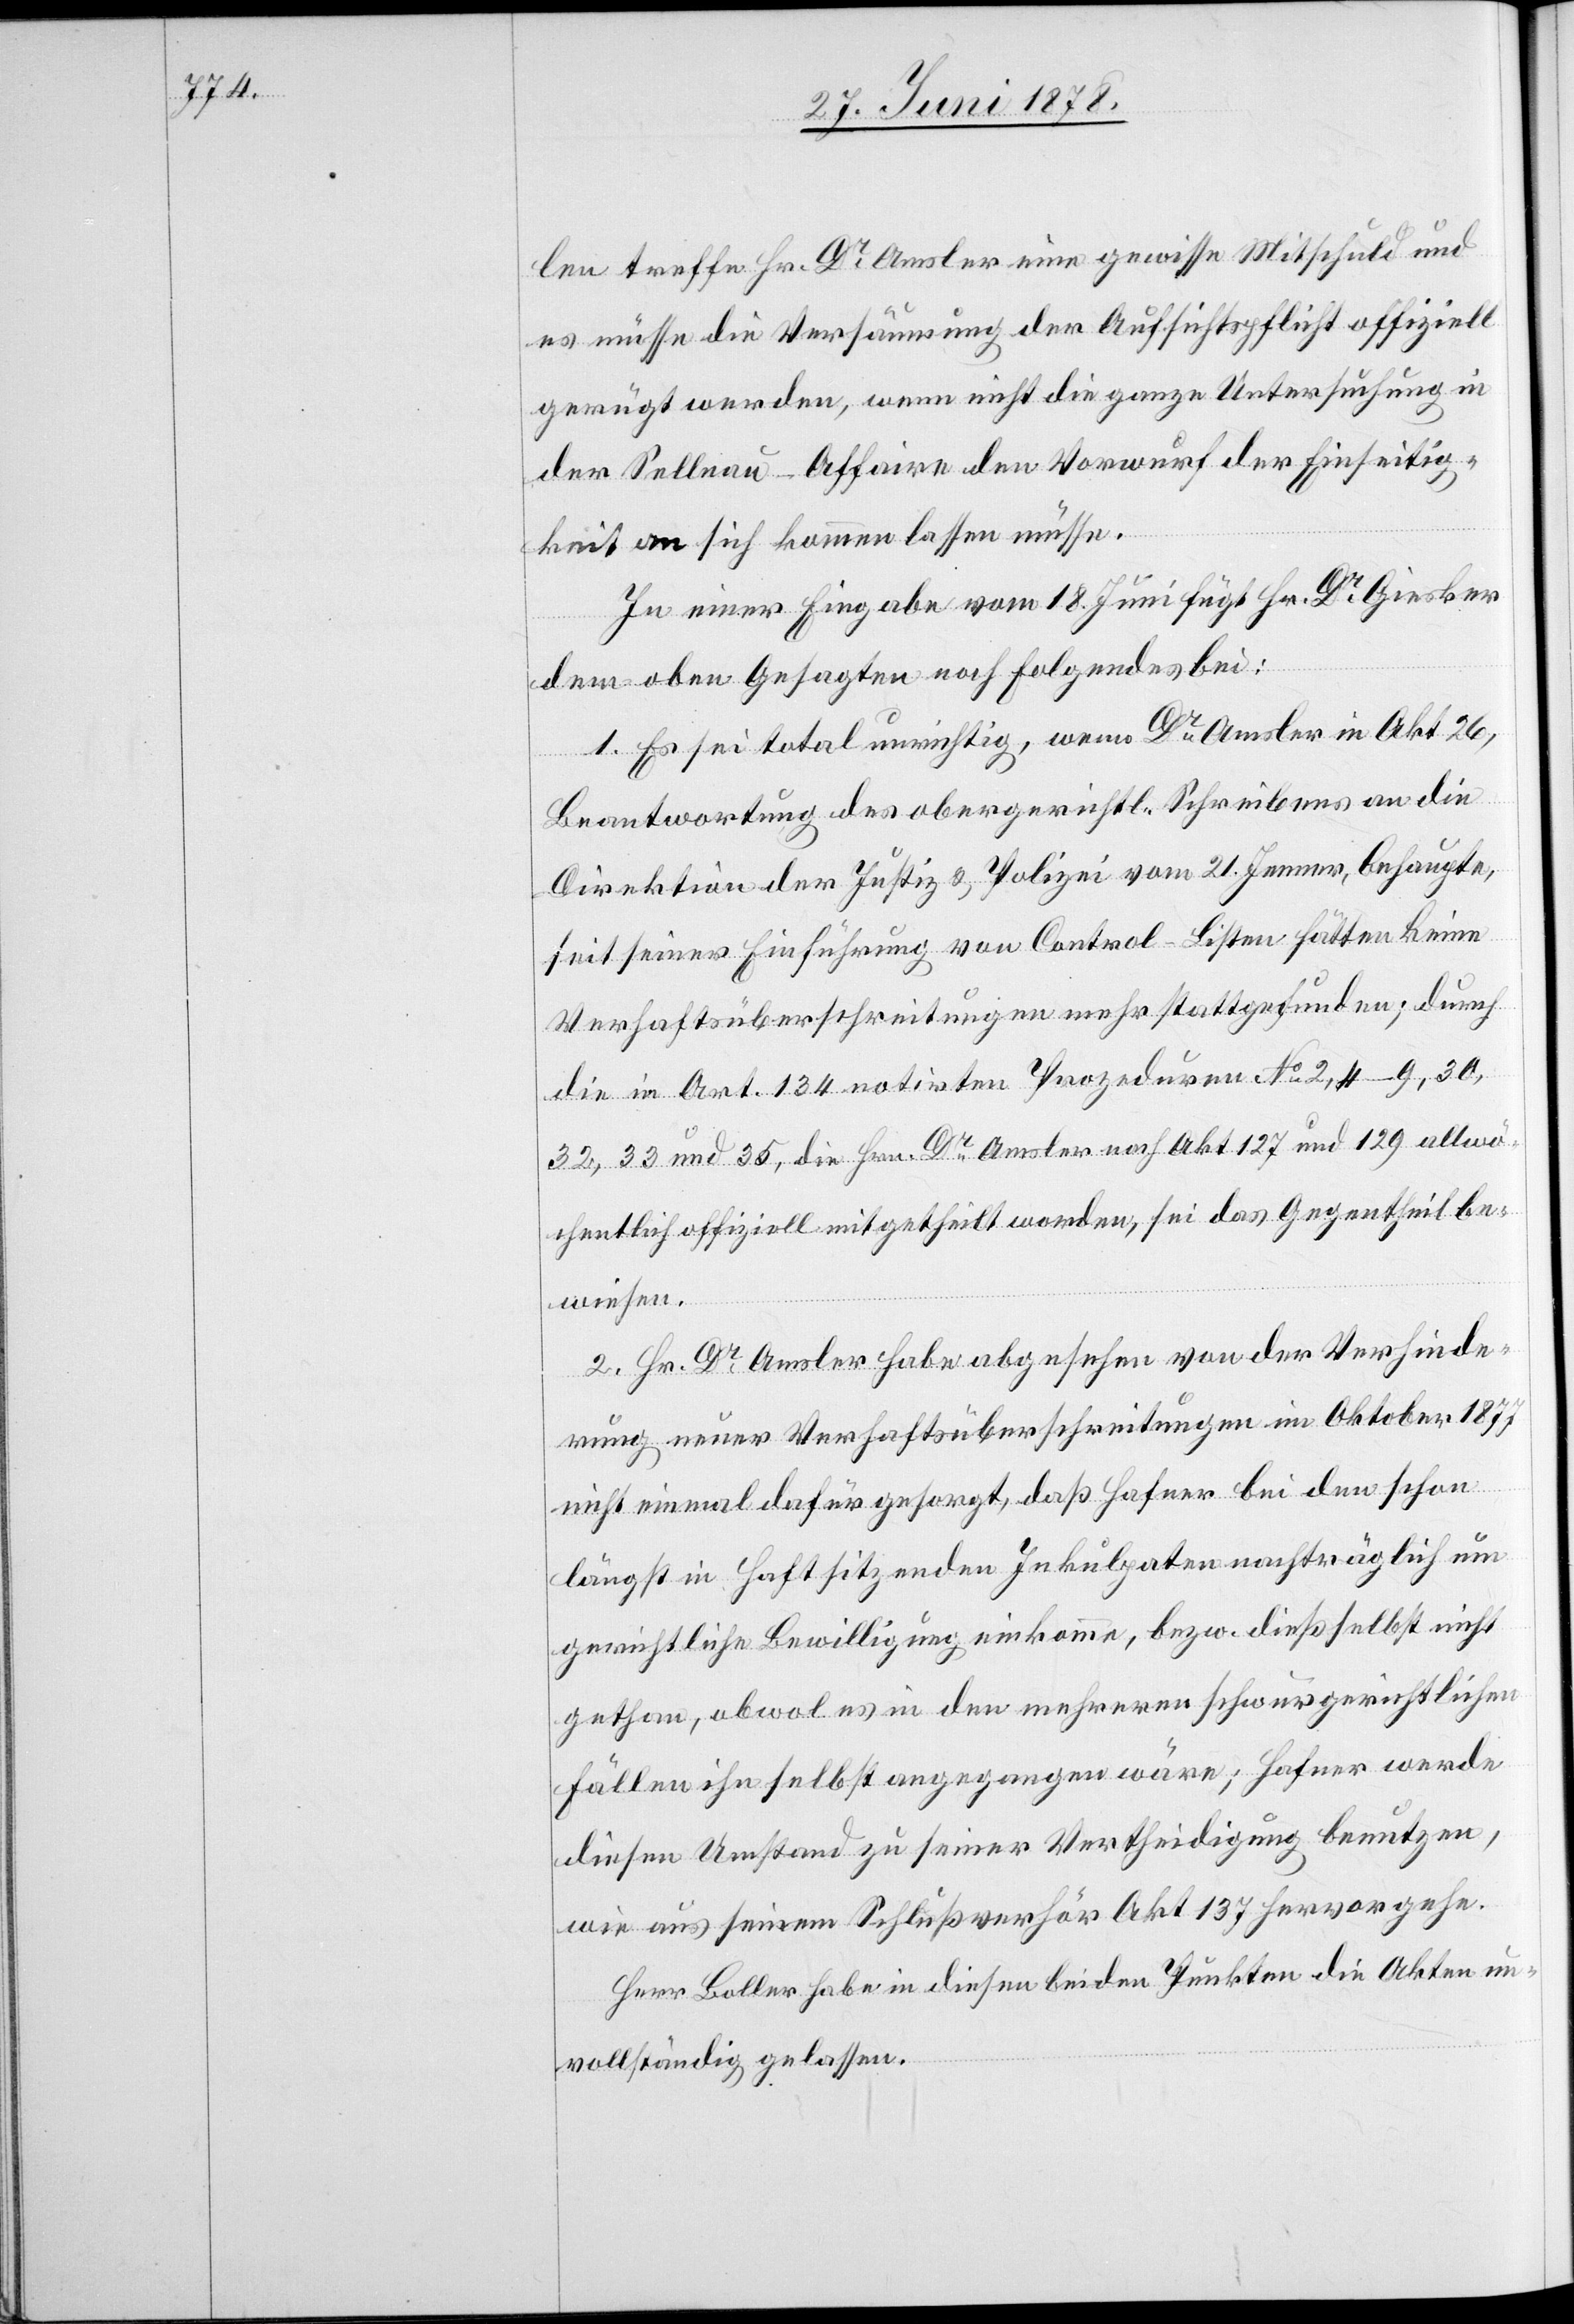
len treffe Hr. Dr Amsler eine gewisse Mitschuld und
es müsse die Versäumung der Aufsichtspflicht offiziell
gerügt werden, wenn nicht die ganze Untersuchung in
der Sellnau-Affaire den Vorwurf der Einseitig¬
keit an sich kommen lassen müsse.
In einer Eingabe vom 18. Juni fügt Hr. Dr Giesker
dem oben Gesagten noch folgendes bei:
1. Es sei total unrichtig, wenn Dr Amsler in Akt 26,
Beantwortung des obergerichtl. Schreibens an die
Direktion der Justiz & Polizei vom 21. Jenner, behaupte,
seit seiner Einführung von Control-Listen hätten keine
Verhaftsüberschreitungen mehr stattgefunden; durch
die in Art. 134 notirten Prozeduren No 2, 4–9, 30,
33 und 35, die Hrn. Dr Amsler nach Akt 127 und 129 allwö¬
chentlich offiziell mitgetheilt worden, sei das Gegentheil be¬
wiesen.
2. Hr. Dr Amsler habe abgesehen von der Verhinde¬
rung neuer Verhaftsüberschreitungen im Oktober 1877
nicht einmal dafür gesorgt, daß Hafner bei den schon
längst in Haft sitzenden Inkulpaten nachträglich um
gerichtliche Bewilligung einkomme, bez. dieß selbst nicht
gethan, obwohl es in den mehreren schwurgerichtlichen
Fällen ihn selbst angegangen wäre; Hafner werde
diesem Umstand zu seiner Vertheidigung benutzen,
wie aus seinem Schlußverhöhr Akt 137 hervorgehe.
Herr Boller habe in diesen beiden Punkten die Akten un¬
vollständig gelassen.